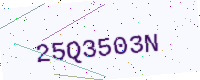
Text: 25Q3503N